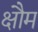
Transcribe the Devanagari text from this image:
क्षौम